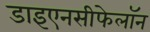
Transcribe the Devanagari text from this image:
डाइएनसीफेलॉन